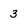
Character: 3